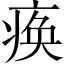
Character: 痪